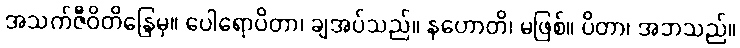
အသက်ဇီဝိတိန္ဒြေမှ။ ပေါရောပိတာ၊ ချအပ်သည်။ နဟောတိ၊ မဖြစ်။ ပိတာ၊ အဘသည်။